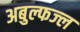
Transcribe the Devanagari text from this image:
अबुल्फज्ल